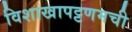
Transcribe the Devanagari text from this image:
विशाखापट्टणमची